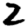
Digit: 2